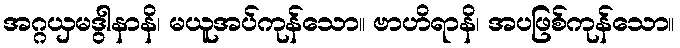
အဂ္ဂယှမဒွါနာနိ၊ မယူအပ်ကုန်သော။ ဗာဟိရာနိ၊ အပဖြစ်ကုန်သော။